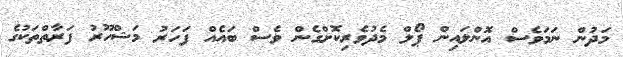
މަދުން ނަމަވެސް އޮންލައިން ޕޯލް މެދުވެރިކޮށްގެން ވެސް ބައެއް ފަހަރު މަޝްހޫރު ފަރާތްތަކުގެ